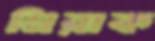
মিরাক